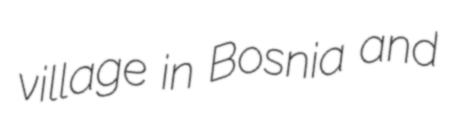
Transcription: village in Bosnia and